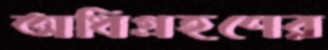
অধিগ্রহণের